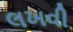
લખવી